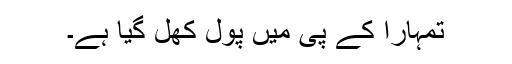
تمہارا کے پی میں پول کھل گیا ہے۔